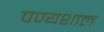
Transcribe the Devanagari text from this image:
पण्यशाल